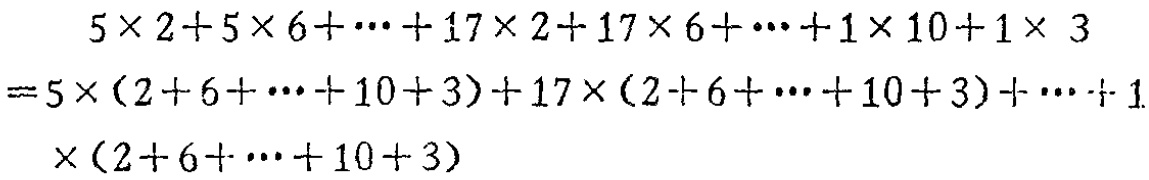
\[

\begin{align*}

&5\times 2 + 5\times 6+\cdots+17\times 2+17\times 6+\cdots+1\times 10 + 1\times 3\\

=&5\times(2 + 6+\cdots+10 + 3)+17\times(2 + 6+\cdots+10 + 3)+\cdots+1\times(2 + 6+\cdots+10 + 3)

\end{align*}

\]